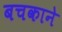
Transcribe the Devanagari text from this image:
बचकाने